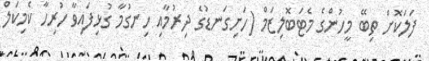
ފަލަކޮށް ތިބޭ މީހުންގެ މެޓަބޮލިޒަމް (ހަށިގަނޑުގެ ދިރުމާއި ހިނގުމާ ގުޅިފައިވާ ހުރިހާ ކެމިކަލް